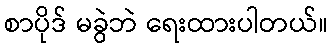
စာပိုဒ် မခွဲဘဲ ရေးထားပါတယ်။